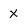
Character: X